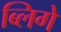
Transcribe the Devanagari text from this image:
ब्लिगे